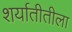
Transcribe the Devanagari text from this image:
शर्यातीतीला